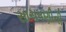
સાચવણીની